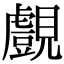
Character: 覻